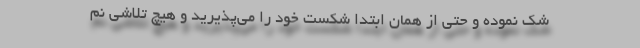
شک نموده و حتی از همان ابتدا شکست خود را می‌پذیرید و هیچ تلاشی نم